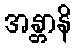
အန္တာနိ